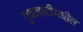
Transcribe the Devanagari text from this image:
गुवाहाटीमधील